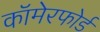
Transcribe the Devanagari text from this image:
कॉमेरफोर्ड